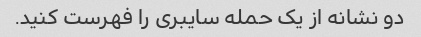
دو نشانه از یک حمله سایبری را فهرست کنید.